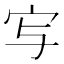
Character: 㝍